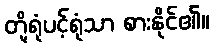
တို့ရုံပင့်ရုံသာ စားနိုင်၏။